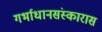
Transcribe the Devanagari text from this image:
गर्भाधानसंस्कारास